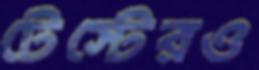
টেস্টেরও